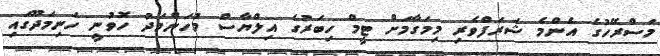
މަސްރޭހުގެ އެންމެ ޝަރަފްވެރި މިމަގާމަށް ޓީމް ހިބަރުގެ އިލްޔާސް މުހަންމަދު ހޮވުނީ ހަނިމަދޫގައި